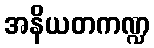
အနိယတကဏ္ဍ